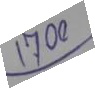
17.00